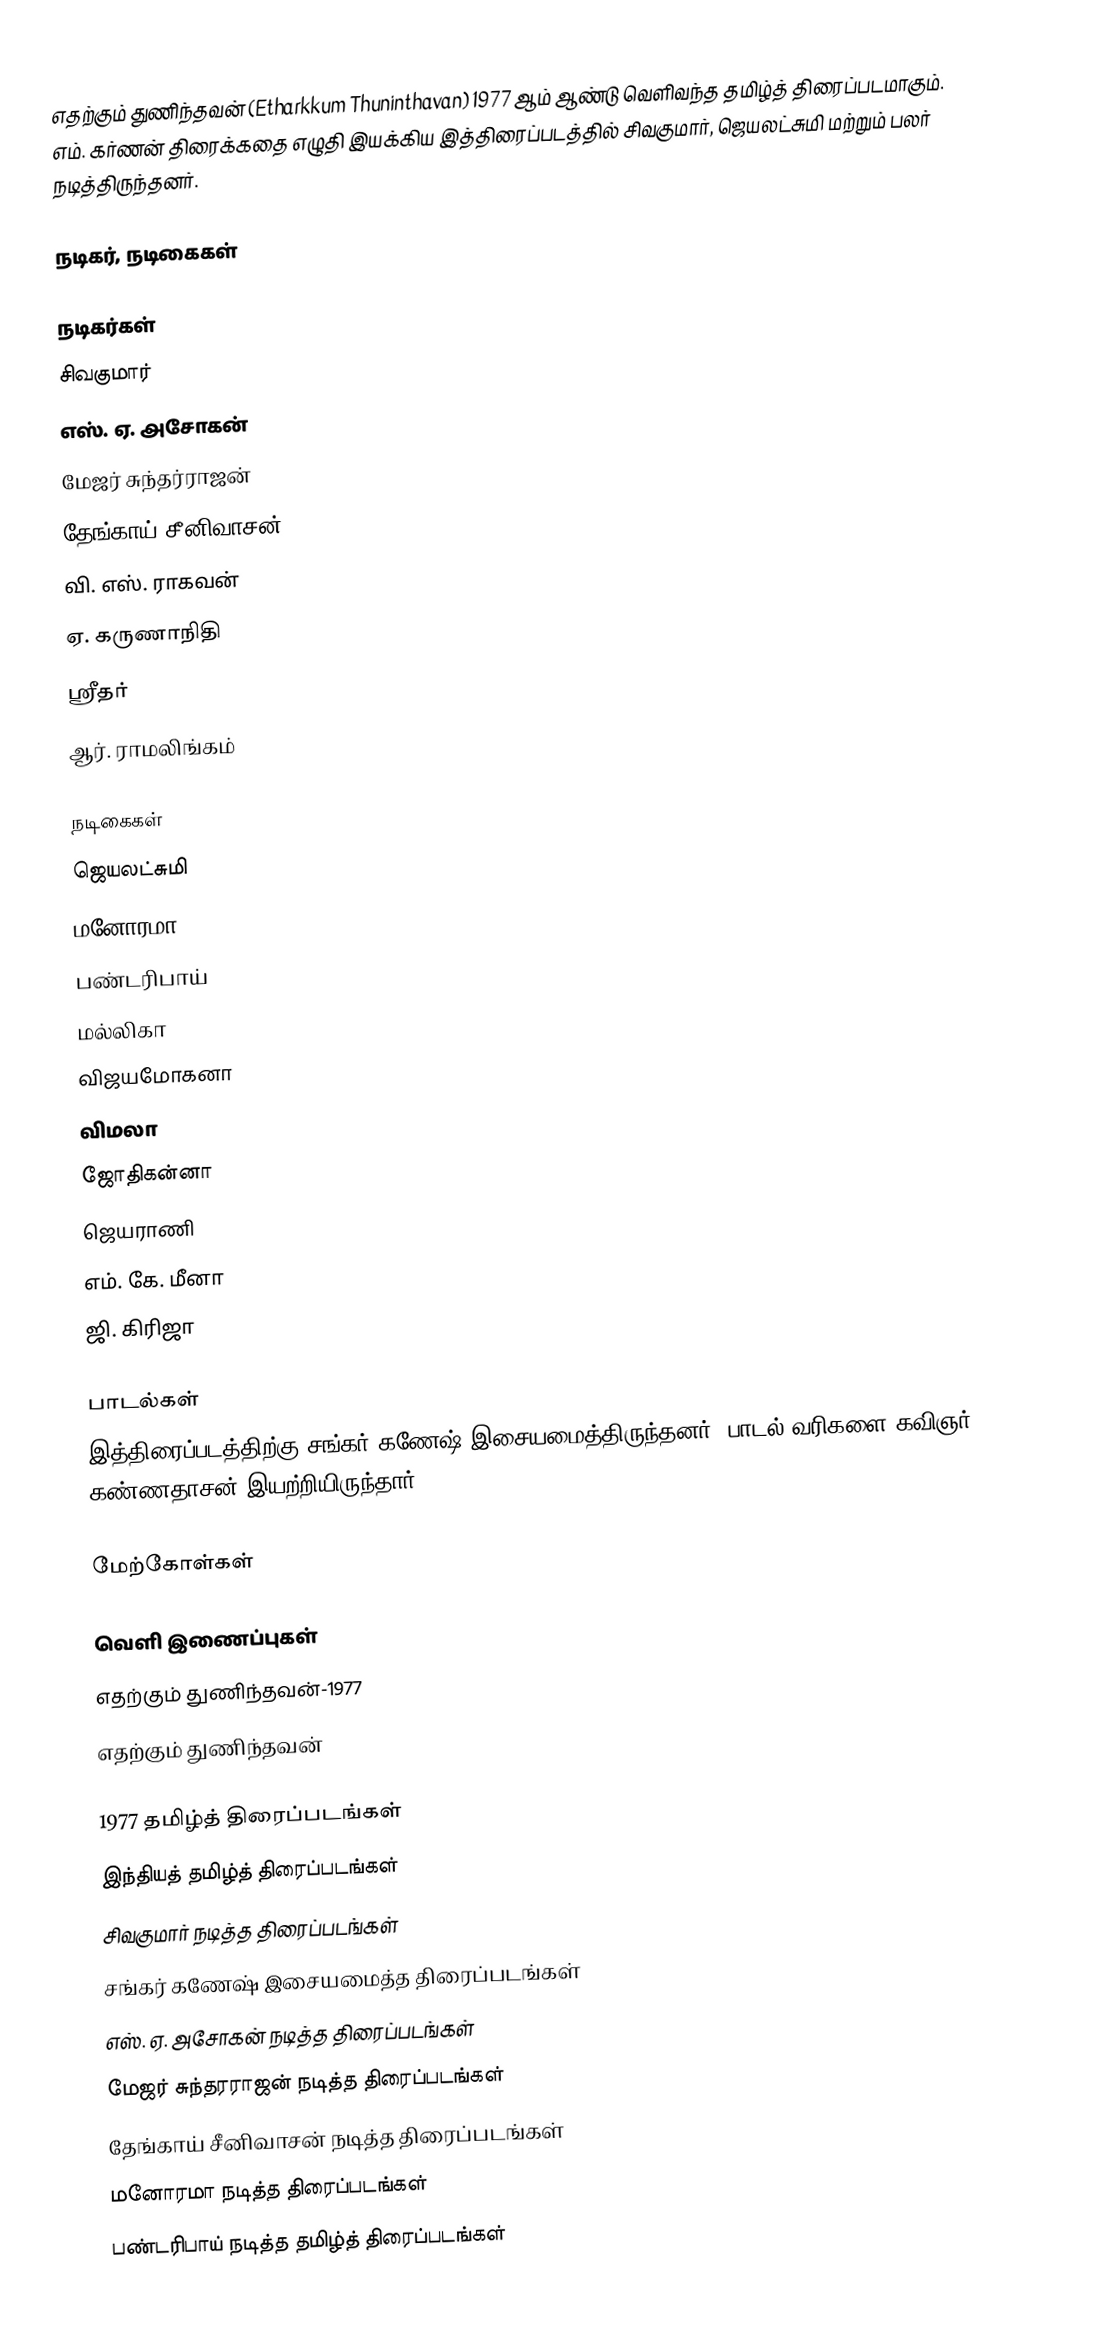
எதற்கும் துணிந்தவன் (Etharkkum Thuninthavan) 1977 ஆம் ஆண்டு வெளிவந்த தமிழ்த் திரைப்படமாகும். எம். கர்ணன் திரைக்கதை எழுதி இயக்கிய இத்திரைப்படத்தில் சிவகுமார், ஜெயலட்சுமி மற்றும் பலர் நடித்திருந்தனர்.

நடிகர், நடிகைகள்

நடிகர்கள்
 சிவகுமார்
 எஸ். ஏ. அசோகன்
 மேஜர் சுந்தர்ராஜன்
 தேங்காய் சீனிவாசன்
 வி. எஸ். ராகவன்
 ஏ. கருணாநிதி
 ஸ்ரீதர்
 ஆர். ராமலிங்கம்

நடிகைகள்
 ஜெயலட்சுமி
 மனோரமா
 பண்டரிபாய்
 மல்லிகா
 விஜயமோகனா
 விமலா
 ஜோதிகன்னா
 ஜெயராணி
 எம். கே. மீனா
 ஜி. கிரிஜா

பாடல்கள்
இத்திரைப்படத்திற்கு சங்கர் கணேஷ் இசையமைத்திருந்தனர். பாடல் வரிகளை கவிஞர் கண்ணதாசன் இயற்றியிருந்தார்.

மேற்கோள்கள்

வெளி இணைப்புகள்
 எதற்கும் துணிந்தவன்-1977
 எதற்கும் துணிந்தவன்

1977 தமிழ்த் திரைப்படங்கள்
இந்தியத் தமிழ்த் திரைப்படங்கள்
சிவகுமார் நடித்த திரைப்படங்கள்
சங்கர் கணேஷ் இசையமைத்த திரைப்படங்கள்
எஸ். ஏ. அசோகன் நடித்த திரைப்படங்கள்
மேஜர் சுந்தரராஜன் நடித்த திரைப்படங்கள்
தேங்காய் சீனிவாசன் நடித்த திரைப்படங்கள்
மனோரமா நடித்த திரைப்படங்கள்
பண்டரிபாய் நடித்த தமிழ்த் திரைப்படங்கள்